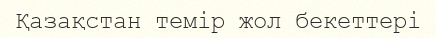
Қазақстан темір жол бекеттері